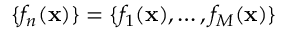
\{ f _ { n } ( \mathbf { x } ) \} = \{ f _ { 1 } ( \mathbf { x } ) , \ldots , f _ { M } ( \mathbf { x } ) \}